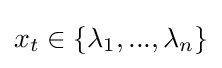
{\textstyle x_{t}\in \{\lambda _{1},...,\lambda _{n}\}}